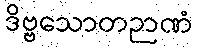
ဒိဗ္ဗသောတဉာဏံ